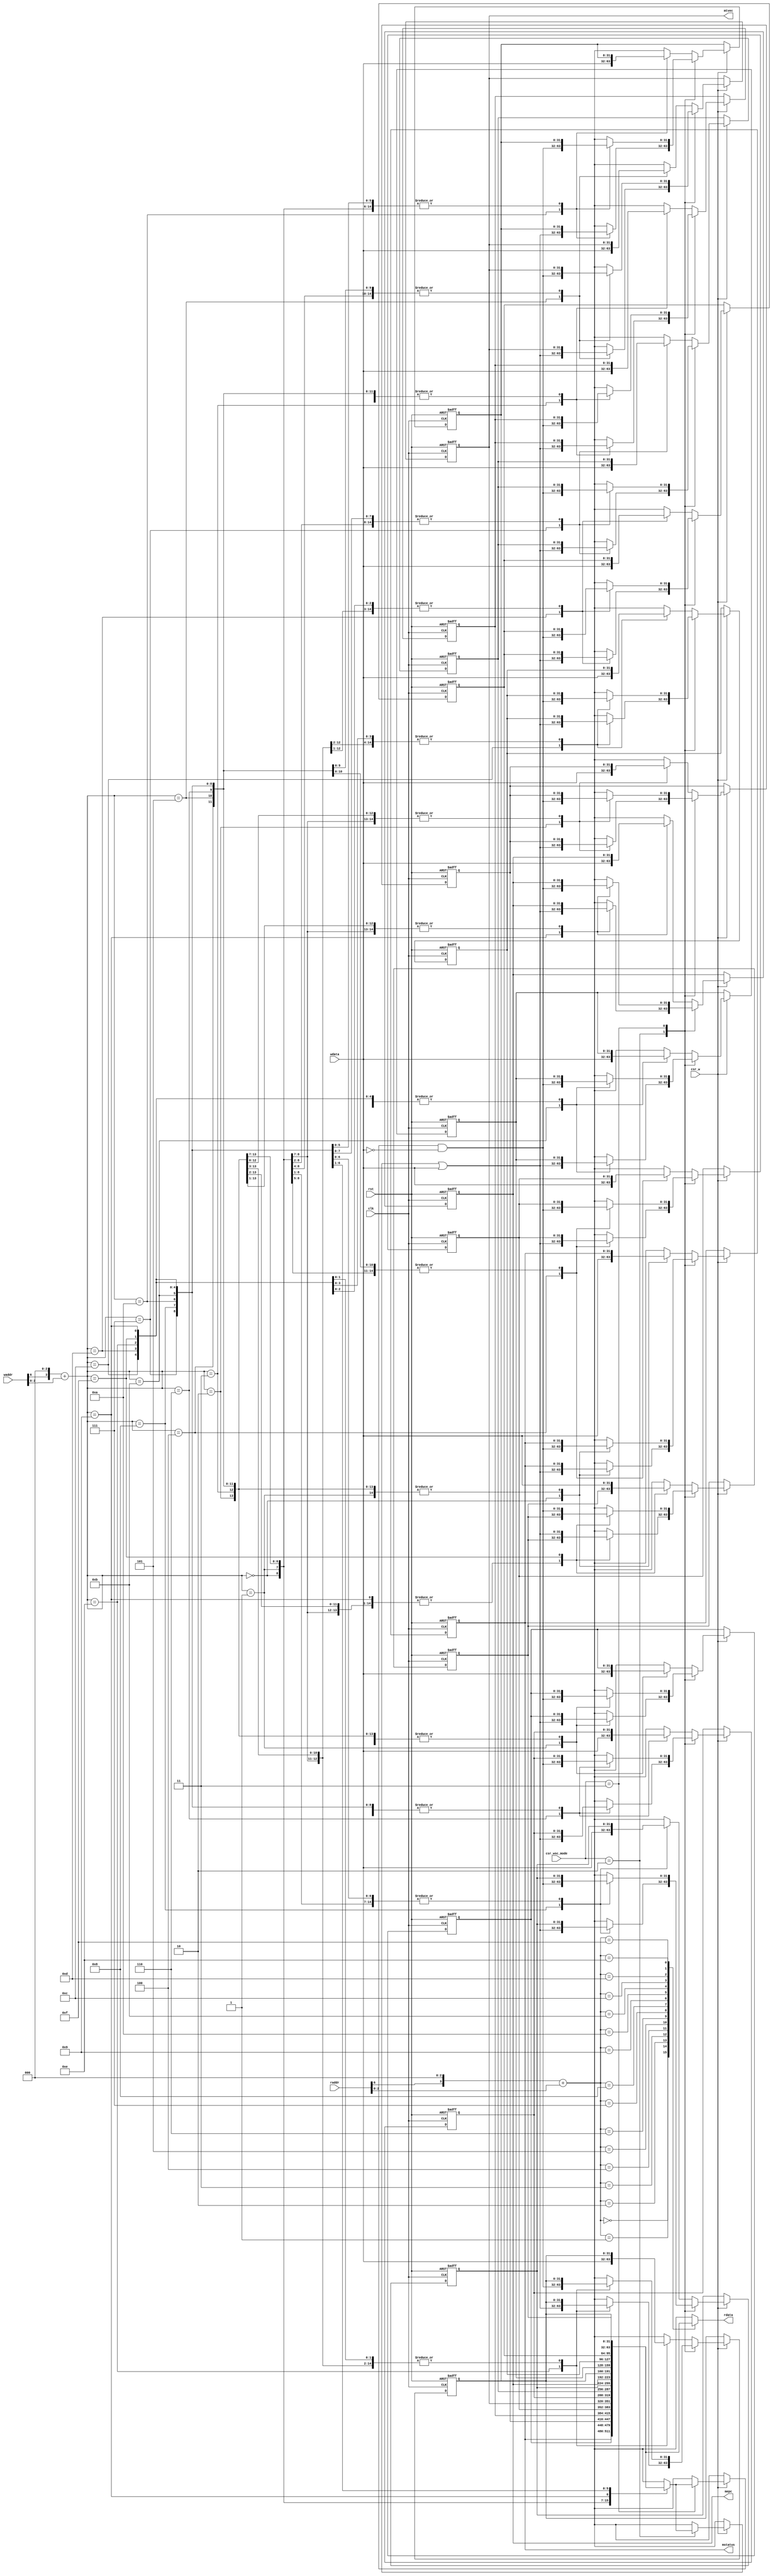
`timescale 1ns / 1ps

module CSRRegs(
    input clk, rst,
    input[11:0] raddr, waddr,
    input[31:0] wdata,
    input csr_w,
    input[1:0] csr_wsc_mode,
    output[31:0] rdata,
    output[31:0] mstatus,
    // add mepc and mtvec read
    output[31:0] mepc,
    output[31:0] mtvec
);

    reg[31:0] CSR [0:15];

    // Address mapping. The address is 12 bits, but only 4 bits are used in this module.
    wire raddr_valid = raddr[11:7] == 5'h6 && raddr[5:3] == 3'h0;
    wire[3:0] raddr_map = (raddr[6] << 3) + raddr[2:0];
    wire waddr_valid = waddr[11:7] == 5'h6 && waddr[5:3] == 3'h0;
    wire[3:0] waddr_map = (waddr[6] << 3) + waddr[2:0];

    assign mstatus = CSR[0];
    assign mepc = CSR[9];
    assign mtvec = CSR[5];

    assign rdata = CSR[raddr_map];

    always@(posedge clk or posedge rst) begin
        if(rst) begin
			CSR[0] <= 32'h88;
			CSR[1] <= 0;
			CSR[2] <= 0;
			CSR[3] <= 0;
			CSR[4] <= 32'hfff;
			CSR[5] <= 0;
			CSR[6] <= 0;
			CSR[7] <= 0;
			CSR[8] <= 0;
			CSR[9] <= 0;
			CSR[10] <= 0;
			CSR[11] <= 0;
			CSR[12] <= 0;
			CSR[13] <= 0;
			CSR[14] <= 0;
			CSR[15] <= 0;
		end
        else if(csr_w) begin
            case(csr_wsc_mode)
                2'b01: CSR[waddr_map] = wdata;
                2'b10: CSR[waddr_map] = CSR[waddr_map] | wdata;
                2'b11: CSR[waddr_map] = CSR[waddr_map] & ~wdata;
                default: CSR[waddr_map] = wdata;
            endcase            
        end
    end
endmodule